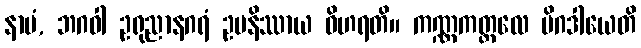
နာမံ, ဘဂဝါ ဥရုညာနဂရံ ဥပနိဿာယ ဝိဟရတိ။ ကဏ္ဏကတ္ထလေ မိဂဒါယေတိ